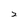
Character: 2